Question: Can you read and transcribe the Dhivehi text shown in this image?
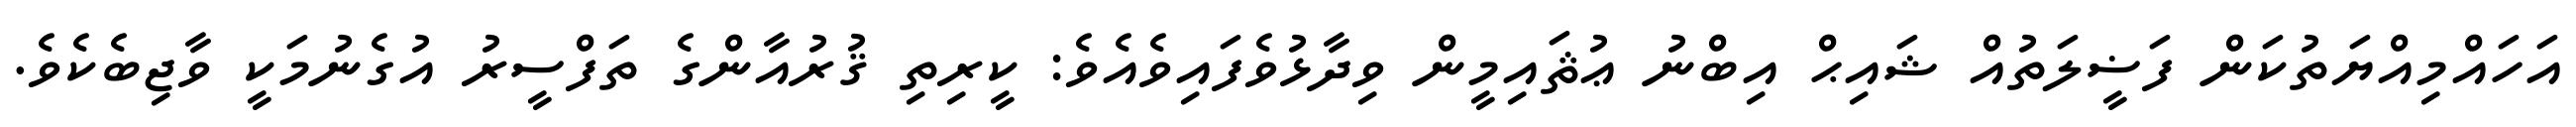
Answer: އަހައްމިއްޔަތުކަން ފަޟީލަތުއް ޝައިޙް އިބްނު ޢުޘައިމީން ވިދާޅުވެފައިވެއެވެ: ކީރިތި ޤުރުއާންގެ ތަފްސީރު އުގެނުމަކީ ވާޖިބެކެވެ.